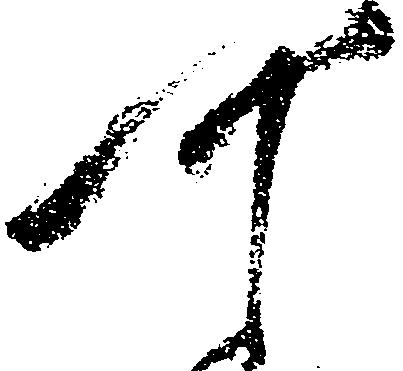
可